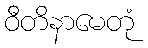
ဝီတိနာမေတုံ